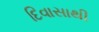
દિવાસાથી